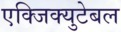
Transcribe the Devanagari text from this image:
एक्जिक्युटेबल